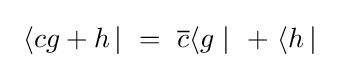
~\langle cg+h\,|~=~{\overline {c}}\langle g\mid ~+~\langle h\,|~